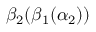
\beta _ { 2 } ( \beta _ { 1 } ( \alpha _ { 2 } ) )